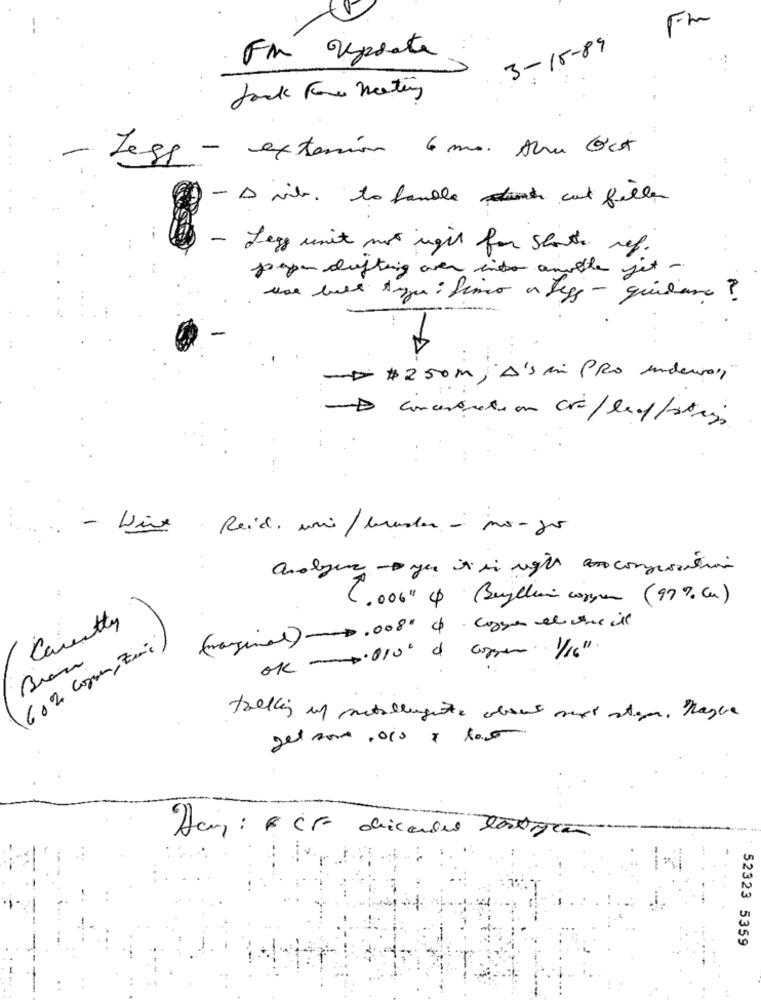
Fim
3-15-89
For reporte
Jock for meeting
- Legg - extension 6 mo. Aha Oct
- A vil. to handle cut filler
- Jeg unit not right for shorts ref.
pepe dufting over into another get -
use bule Azu: fino a Leg - guidare ?
..
-$250m; A's mi PRO undevery
- Wise Reid. uni/ bruder - no- go
avolger - Dyes il si right ancomposition
(.006" 4) Begelin copper (97% (Cn)
Caretty
(marginal) -. 008 4 corse el the il
60% Coper, Zinc)
ok - 5.010' d aren 1/16"
Bras
52323 5359